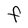
Character: F